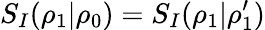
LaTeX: S_{I}(\rho_{1}|\rho_{0})=S_{I}(\rho_{1}|\rho_{1}^{\prime})